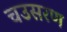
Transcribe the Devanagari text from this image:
चउसरण